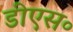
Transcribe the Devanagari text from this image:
डीएस॰